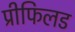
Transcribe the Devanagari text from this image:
प्रीफिलड